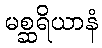
မစ္ဆရိယာနံ